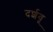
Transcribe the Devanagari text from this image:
दर्शवू